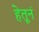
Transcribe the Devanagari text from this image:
हेतूनं